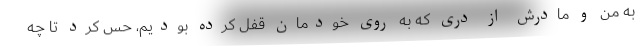
به من و مادرش از دری که به روی خودمان قفل کرده بودیم، حس کرد تا چه